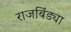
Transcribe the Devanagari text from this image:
राजबिंड्या